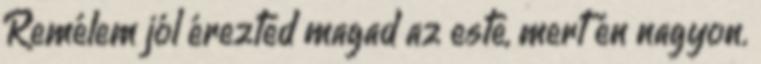
Remélem jól érezted magad az este, mert én nagyon.